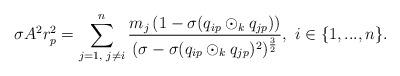
LaTeX: \begin{align*} \sigma A^{2}r_{p}^{2}=\sum\limits_{j=1,\textrm{ }j\neq i}^{n}\frac{m_{j}\left(1-\sigma(q_{ip}\odot_{k}q_{jp})\right)}{(\sigma-\sigma(q_{ip}\odot_{k}q_{jp})^{2})^{\frac{3}{2}}} ,\textrm{ }i\in\{1,...,n\}.\end{align*}